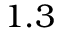
1 . 3